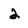
Character: 2